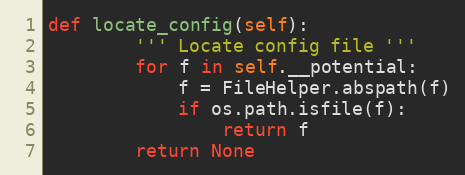
Language: Python
def locate_config(self):
        ''' Locate config file '''
        for f in self.__potential:
            f = FileHelper.abspath(f)
            if os.path.isfile(f):
                return f
        return None